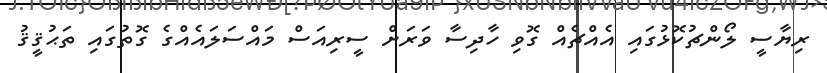
ރިޔާސީ ލޯންޗުކޮޅުގައި އެއްޗެއް ގޮވި ހާދިސާ ވަރަށް ސީރިއަސް މައްސަލައެއްގެ ގޮތުގައި ތަޙުޤީޤު